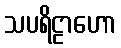
သပရိဠာဟော